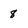
Character: 8